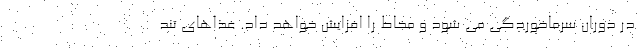
در دوران سرماخوردگی می شود و مخاط را افزایش خواهد داد. غذاهای تند